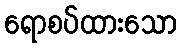
ရောစပ်ထားသော